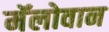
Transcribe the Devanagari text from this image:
मॅलोवान